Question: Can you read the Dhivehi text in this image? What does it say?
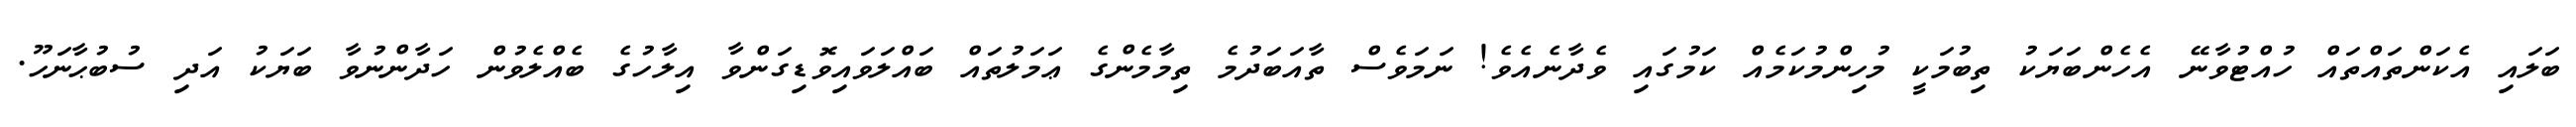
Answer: ބަލައި އެކަންތައްތައް ހުއްޓުވާނޭ އެހެންބަޔަކު ތިބުމަކީ މުހިންމުކަމެއް ކަމުގައި ވެދާނެއެވެ! ނަމަވެސް ތާއަބަދުމެ ތިމާމެންގެ ޢަމަލުތައް ބައްލަވައިވޮޑިގަންވާ އިލާހުގެ ބެއްލެވުން ހަދާންނުވާ ބަޔަކު އަދި ސުބުޙާނަހޫ.